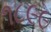
૧૮૯૯